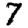
Digit: 7